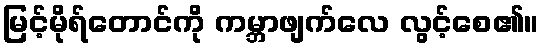
မြင့်မိုရ်တောင်ကို ကမ္ဘာဖျက်လေ လွင့်စေ၏။